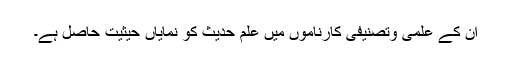
ان کے علمی وتصنیفی کارناموں میں علم حدیث کو نمایاں حیثیت حاصل ہے۔